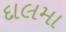
દાલમા